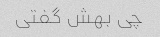
چی بهش گفتی